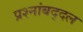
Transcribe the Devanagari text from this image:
प्रश्नांबद्दल